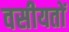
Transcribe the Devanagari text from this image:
वसीयतों